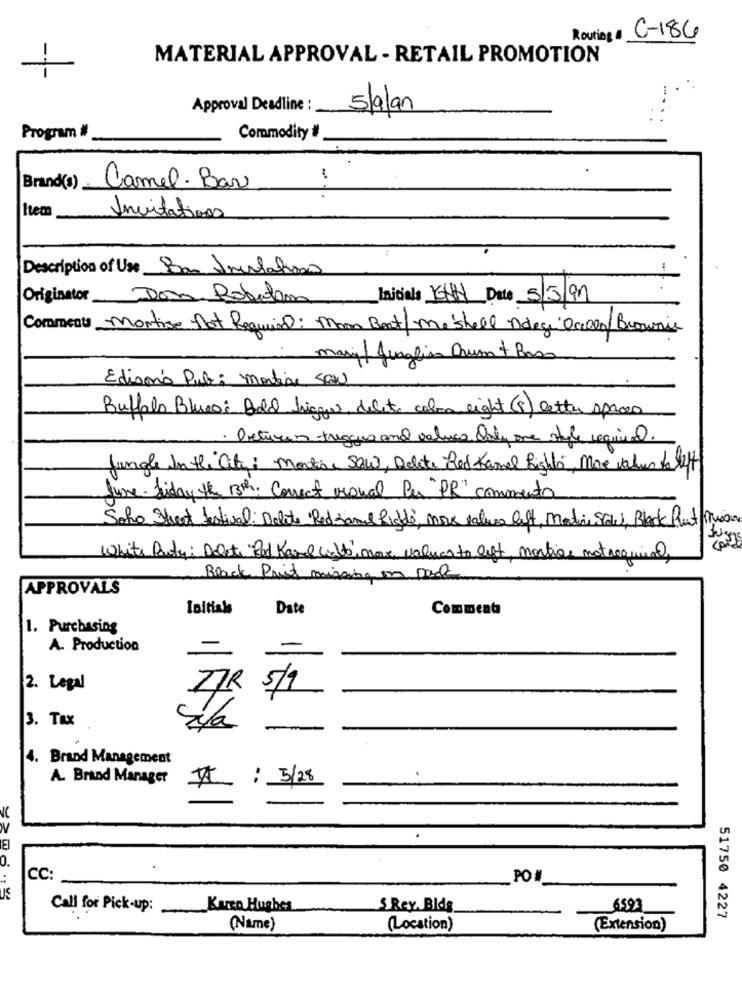
Routing #
C-186
MATERIAL APPROVAL - RETAIL PROMOTION
1
Approval Deadline :
5/alan
Program #
Commodity #
Camel- Bar
Brand(s)
Item
Invitations
Description of Use Ban Incolahos
Originator Don Roberto Initiale KWH Date 5/5/91
Comments Montise not Required: Moon Boot/meshell ndege Oclon Brownie
mary/ Junglim Orum + Basa
Edison's Pub: mortise SAN
Buffalo Blues: Bold ligger, decete colon eight (8) letter spaces
. Deturen trigges and values Only one style required.
Jungle In the City: martine Saw, Delete Red Kamel Right', More values the left
June Siday the 13th: Correct visual Per "PR" comments
Soho Street festival: Delate Red samuel Right', move value left, Martin States, Black Rut ina
White Party: Delete Red Kanal colto', move values to left, mortise notrequired,
Black Print missing in pack
APPROVALS
Initials
Date
Comment
1. Purchasing
A. Production
-
-
2. Legal
77R
5/9
3. Tax
4. Brand Management
A. Brand Manager
II : 3/28
0.
CC:
PO
US
Call for Pick-up:
Kurso Hughes
S Rey Blds
6597
51750 4227
(Name)
(Location)
(Extension)